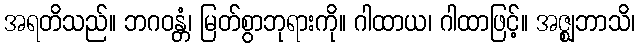
အရတိသည်။ ဘဂဝန္တံ၊ မြတ်စွာဘုရားကို။ ဂါထာယ၊ ဂါထာဖြင့်။ အဇ္ဈဘာသိ၊